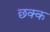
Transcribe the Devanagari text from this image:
छक्क